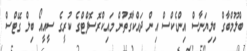
ބްލޫމްބާގް ބިލިޔަނާސް އިންޑެކްސް އިން ދައްކާގޮތުން މައިކްރޮސޮފްޓްގެ ކުރީގެ ސީއީއޯ ބިލް ގޭޓްސް